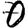
Digit: 0